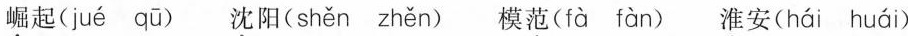
\underset{·}{崛}起( jué qū )\underset{·}{沈}阳( shěn zhěn ) 模\underset{·}{范}( fà fàn ) \underset{·}{淮}安( hái huái )